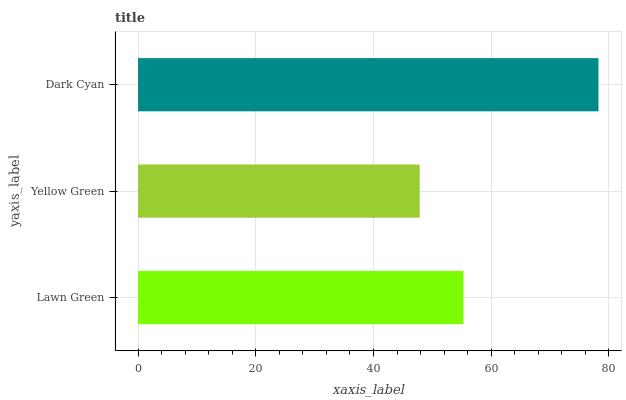
| yaxis_label | bars |
 | --- | --- |
 | Lawn Green | 55.3 |
 | Yellow Green | 47.9 |
 | Dark Cyan | 78.2 |